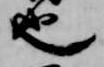
也